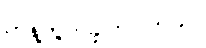
ကန့်ကွက်ခဲ့ကြပါတယ်။